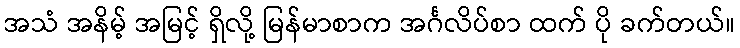
အသံ အနိမ့် အမြင့် ရှိလို့ မြန်မာစာက အင်္ဂလိပ်စာ ထက် ပို ခက်တယ်။